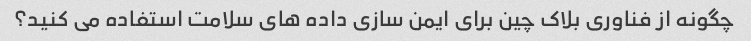
چگونه از فناوری بلاک چین برای ایمن سازی داده های سلامت استفاده می کنید؟